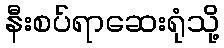
နီးစပ်ရာဆေးရုံသို့